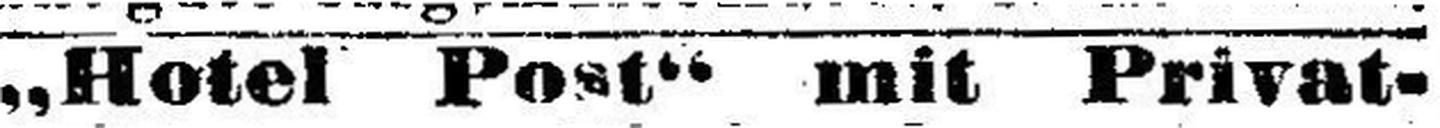
„Hotel Post“ mit Privat¬